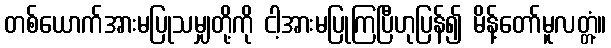
တစ်ယောက်အားမပြုသမျှတို့ကို ငါ့အားမပြုကြပြီဟုပြန်၍ မိန့်တော်မူလတ္တံ့။